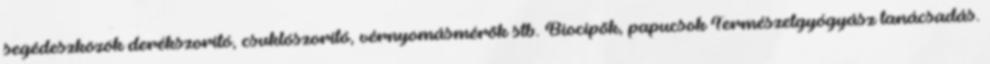
segédeszközök derékszorító, csuklószorító, vérnyomásmérõk stb. Biocipõk, papucsok Természetgyógyász tanácsadás.